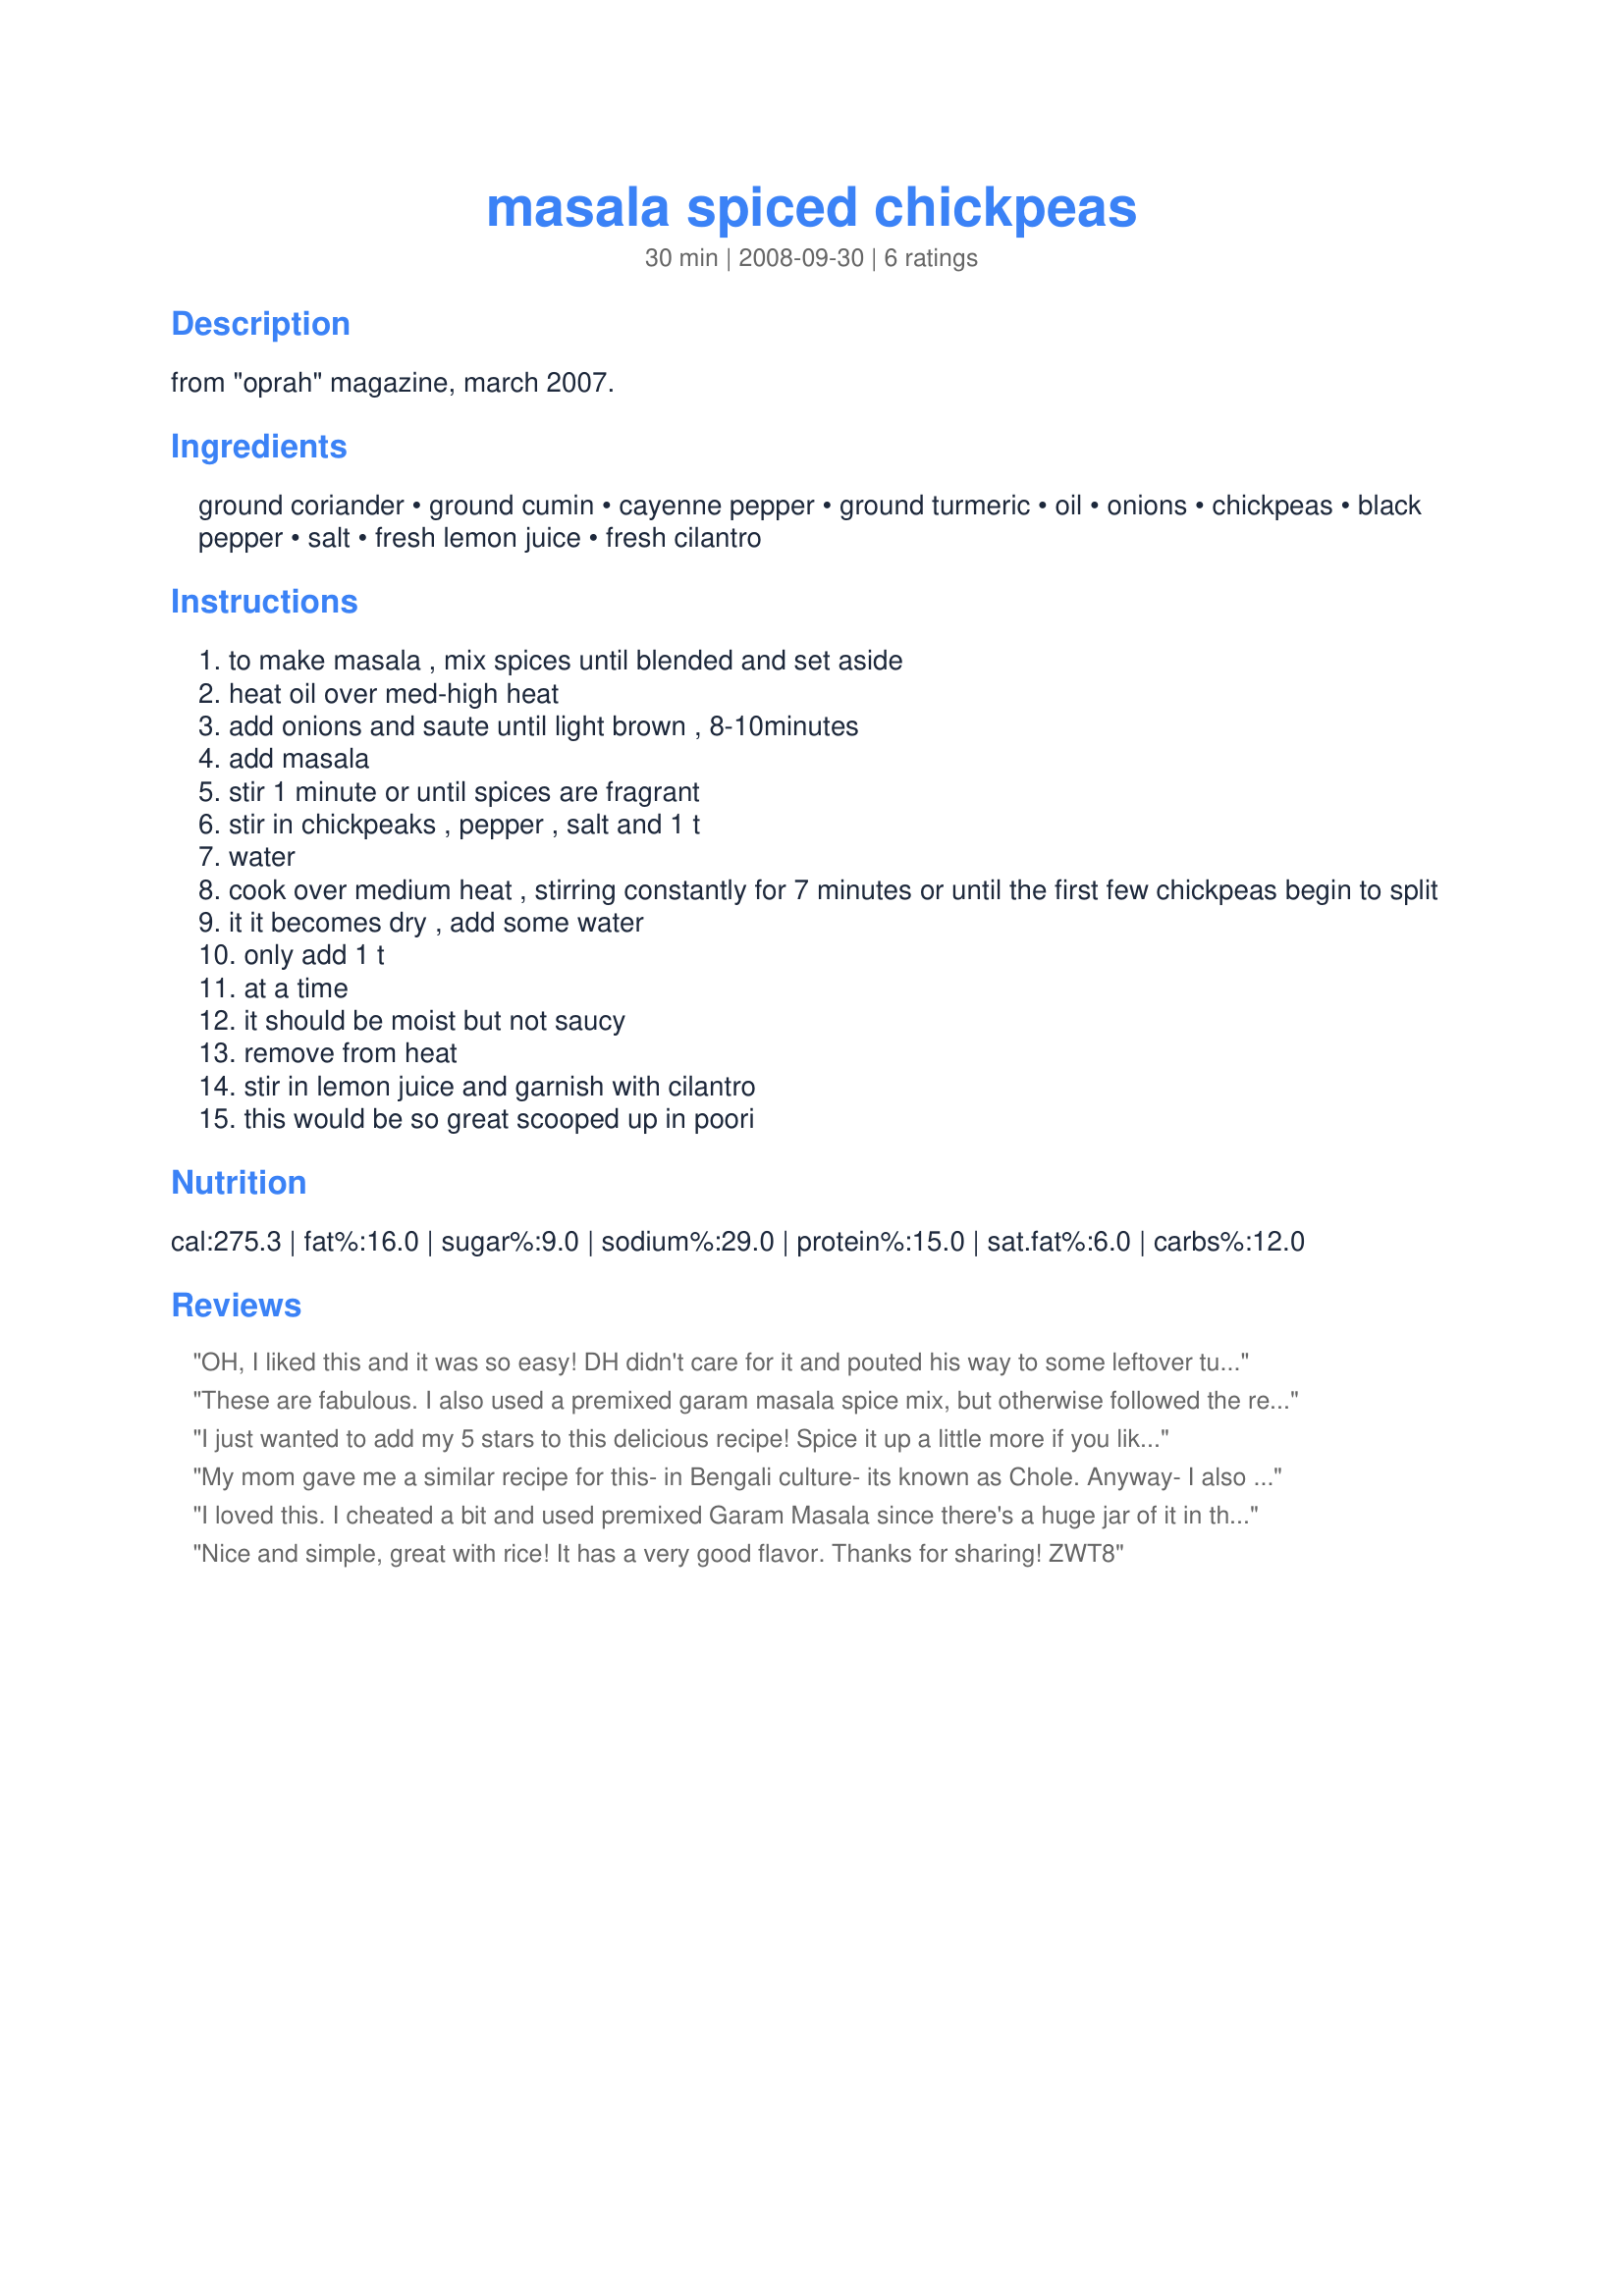
masala spiced chickpeas
Preparation time: 30 minutes

from "oprah" magazine, march 2007.

Ingredients:
ground coriander, ground cumin, cayenne pepper, ground turmeric, oil, onions, chickpeas, black pepper, salt, fresh lemon juice, fresh cilantro

Steps:
to make masala , mix spices until blended and set aside
heat oil over med-high heat
add onions and saute until light brown , 8-10minutes
add masala
stir 1 minute or until spices are fragrant
stir in chickpeaks , pepper , salt and 1 t
water
cook over medium heat , stirring constantly for 7 minutes or until the first few chickpeas begin to split
it it becomes dry , add some water
only add 1 t
at a time
it should be moist but not saucy
remove from heat
stir in lemon juice and garnish with cilantro
this would be so great scooped up in poori

Reviews:
OH, I liked this and it was so easy! DH didn't care for it and pouted his way to some leftover tuna casserole (groan!), but I liked it enough for both of us. I did make some yummy changes I'll share here--to cut back on fat I used 1/8 c oil and 1/8 c chicken broth to saute. I added 1 small chopped tomato during the saute as well, as suggested by Pritha. I also mashed some of the chickpeas for a thicker consistency. Finally, I used one 19 oz can chickpeas and two cups of cooked cauliflower instead of two cans chickpeas. I had a taste for more veggies and thought this would work well. Sure did! Thanks for posting; this is definitely a keeper. Served with Recipe #270882 and Recipe #125087 along with a dollop of plain yogurt and cucumbers. Delicious! Made for October 2008 Veg*n swap.
These are fabulous. I also used a premixed garam masala spice mix, but otherwise followed the recipe. I used the chickpeas as the main filling in a wrap, with hummus, shredded carrots and shredded beets. Fantastic!
I just wanted to add my 5 stars to this delicious recipe! <br/>Spice it up a little more if you like, but it's perfect the way it's written. It's my go-to side dish when asked to friends house for pot-luck dinners. You'll never any left overs with this one. Enjoy!
My mom gave me a similar recipe for this- in Bengali culture- its known as Chole. Anyway- I also add some cut tomatoes in the pan with the onions to be sauted. I also like to have the sauce be a little thicker and goopier so as the chickpease are cooking and getting softer, I mash some of them up so the chickpeas are no longer whole. My (italian) boyfriend LOVES this dish!
I loved this. I cheated a bit and used premixed Garam Masala since there's a huge jar of it in the cupboard. The rest of the recipe was prepared exactly as written. Thanks for posting this delicious veggie main course. Made for Photo Tag.
Nice and simple, great with rice! It has a very good flavor. Thanks for sharing! ZWT8
